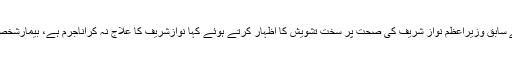
تفصیلات کے مطابق اپوزیشن لیڈر شہبازشریف نے سابق وزیراعظم نواز شریف کی صحت پر سخت تشویش کا اظہار کرتے ہوئے کہا نوازشریف کا علاج نہ کراناجرم ہے، بیمارشخص کوسیاسی انتقام کانشانہ بناناصرف کم ظرفی ہے۔